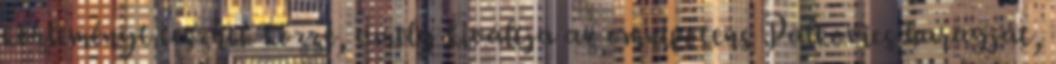
közleményt tesznek közzé, amely kiváltja az omnipotens Palkovics haragját,